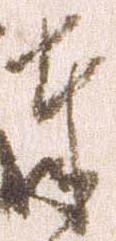
奉